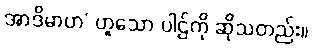
အာဒိမာဟ’ ဟူသော ပါဌ်ကို ဆိုသတည်း။